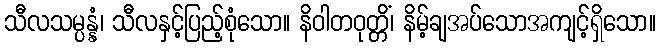
သီလသမ္ပန္နံ၊ သီလနှင့်ပြည့်စုံသော။ နိဝါတဝုတ္တိံ၊ နိမ့်ချအပ်သောအကျင့်ရှိသော။